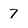
Character: 7